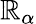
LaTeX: \mathbb{R}_{\alpha}